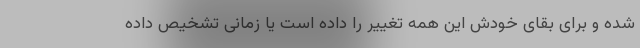
شده و برای بقای خودش این همه تغییر را داده است یا زمانی تشخیص داده